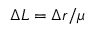
\Delta L = \Delta r / \mu